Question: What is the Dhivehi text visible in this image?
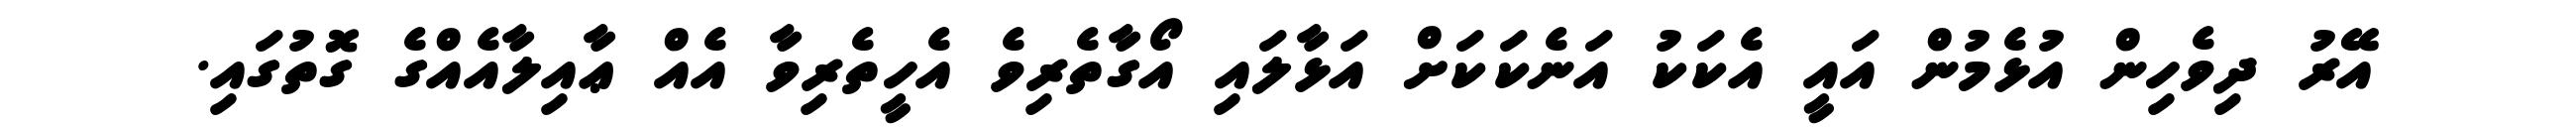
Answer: އޭރު ދިވެހިން އުޅެމުން އައީ އެކަކު އަނެކަކަށް އަޅާލައި އޯގާތެރިވެ އެހީތެރިވާ އެއް ޢާއިލާއެއްގެ ގޮތުގައި.